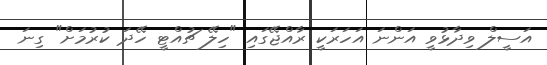
އަސީލް ވިދާޅުވީ އަންނަ އަހަރަކީ ރާއްޖޭގައި "ހިލޭ ޗުއްޓީ ހޭދަ ކުރުމަށް" ގިނަ